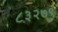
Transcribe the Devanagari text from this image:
८३२७९